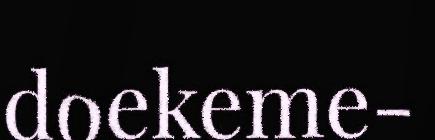
doekeme-